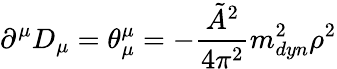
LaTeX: \partial^{\mu}D_{\mu}=\theta_{\mu}^{\mu}=-\frac{\tilde{A}^{2}}{4\pi^{2}}m_{dyn}^{2}\rho^{2}